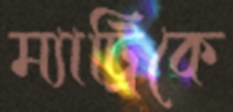
ম্যাট্রিকে